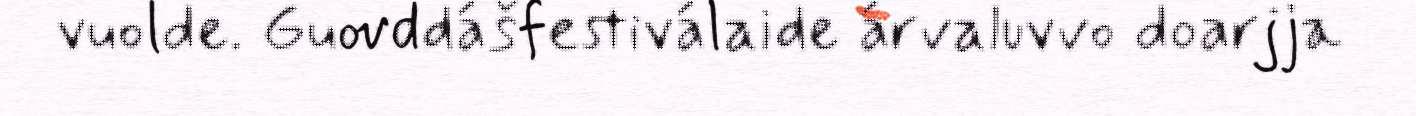
vuolde. Guovddášfestiválaide árvaluvvo doarjja